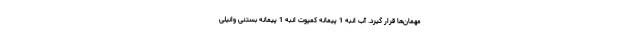
مهمان‌ها قرار گیرد. آب انبه 1 پیمانه کمپوت انبه 1 پیمانه بستنی وانیلی